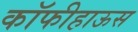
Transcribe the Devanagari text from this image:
कॉफीहाऊस